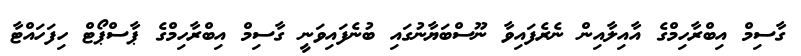
ގާސިމް އިބްރާހިމްގެ އާއިލާއިން ނެރެފައިވާ ނޫސްބަޔާނުގައި ބުނެފައިވަނީ ގާސިމް އިބްރާހިމްގެ ޕާސްޕޯޓް ހިފަހައްޓާ